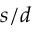
s / d